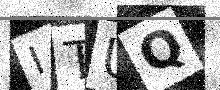
Text: ITUQ